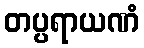
တပ္ပရာယဏံ